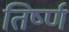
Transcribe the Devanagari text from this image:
तिर्ष्ण